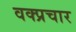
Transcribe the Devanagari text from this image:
वक्प्रचार